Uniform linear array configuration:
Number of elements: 12
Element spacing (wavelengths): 1
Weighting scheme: exponential
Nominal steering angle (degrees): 15
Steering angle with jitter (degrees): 15.409
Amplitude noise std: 0.05
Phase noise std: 0.05

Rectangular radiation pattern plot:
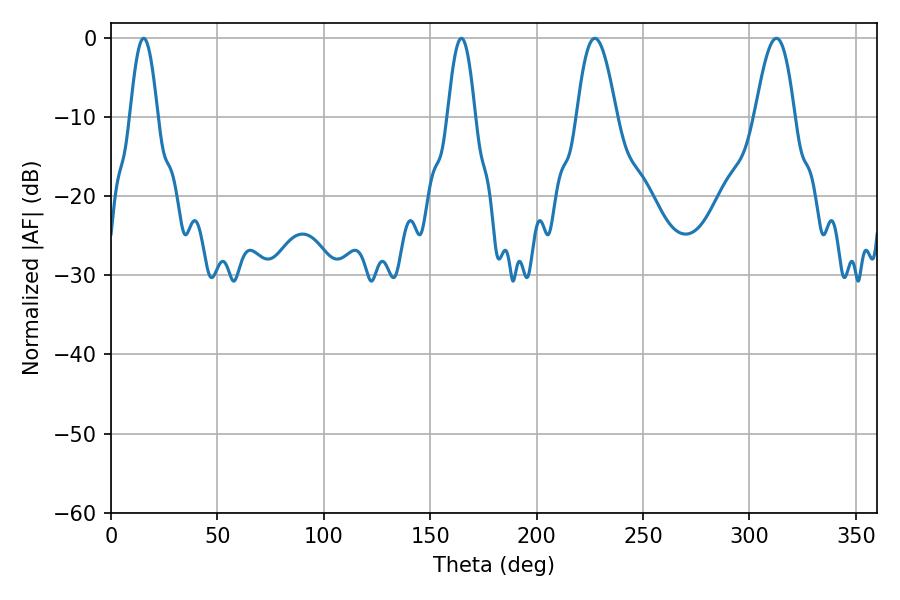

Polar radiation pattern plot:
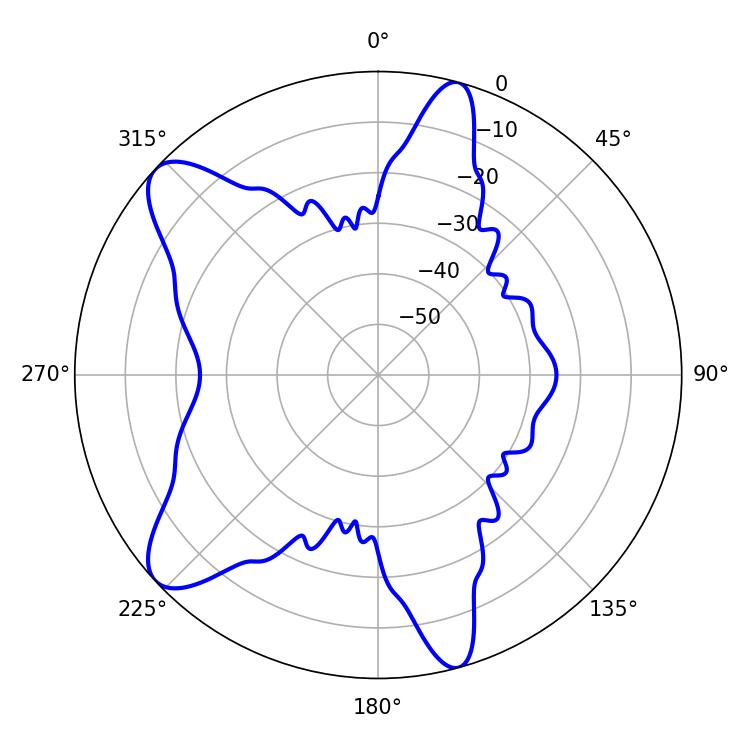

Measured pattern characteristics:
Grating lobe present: TRUE
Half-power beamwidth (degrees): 10.08
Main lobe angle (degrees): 227.34